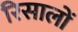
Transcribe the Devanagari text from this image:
रिसालों